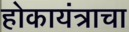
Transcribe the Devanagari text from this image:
होकायंत्राचा